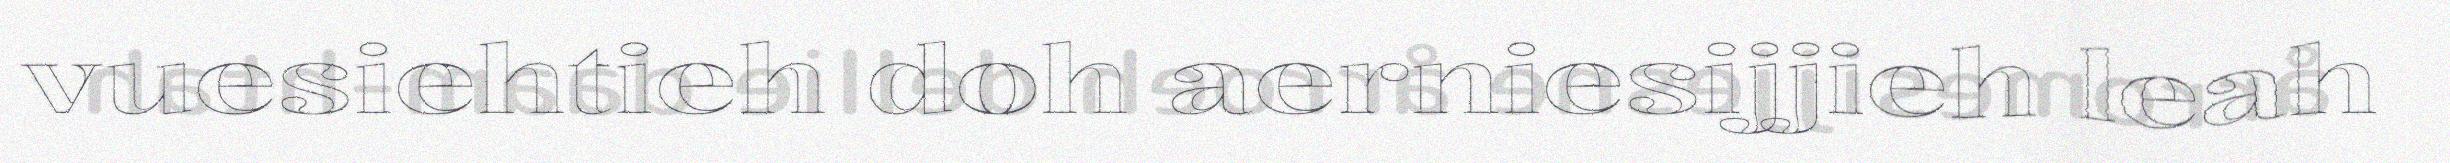
vuesiehtieh doh aerniesijjieh leah